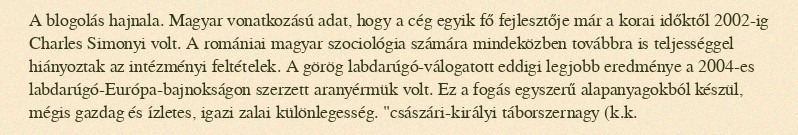
A blogolás hajnala. Magyar vonatkozású adat, hogy a cég egyik fő fejlesztője már a korai időktől 2002-ig Charles Simonyi volt. A romániai magyar szociológia számára mindeközben továbbra is teljességgel hiányoztak az intézményi feltételek. A görög labdarúgó-válogatott eddigi legjobb eredménye a 2004-es labdarúgó-Európa-bajnokságon szerzett aranyérmük volt. Ez a fogás egyszerű alapanyagokból készül, mégis gazdag és ízletes, igazi zalai különlegesség. "császári-királyi táborszernagy (k.k.